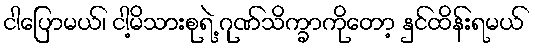
ငါပြောမယ်၊ ငါ့မိသားစုရဲ့ ဂုဏ်သိက္ခာကိုတော့ နှင်ထိန်းရမယ်